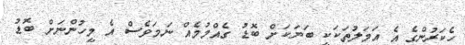
ހެކަރުންގެ އެ އަމަލުތަކަކީ ބަޔަކަށް ބޮޑު ގެއްމުމެއް ނަމަވެސް އެ މީހުންނަށް ބޮޑު